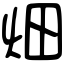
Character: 畑